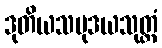
ဒုတိယသမုဒယသုတ္တံ